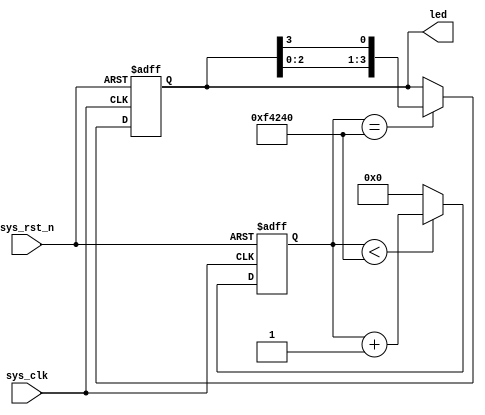
module flow_led(
    input               sys_clk  ,
    input               sys_rst_n,
    
    output reg [3:0]    led
);

//reg define
reg[23:0] counter;

//*****************************************************
//** main code
//*****************************************************

//0.2
always @(posedge sys_clk or negedge sys_rst_n) begin
    if (!sys_rst_n)
        counter <= 24'd0;
    else if (counter < 24'd0100_0000)
        counter <= counter + 1'b1;
    else
        counter <= 24'd0;
end

//IOLED
always @(posedge sys_clk or negedge sys_rst_n) begin
    if(!sys_rst_n)
        led <= 4'b0001;
    else if(counter == 24'd0100_0000)
        led[3:0] <= {led[2:0],led[3]};
    else
        led <= led;
end

endmodule